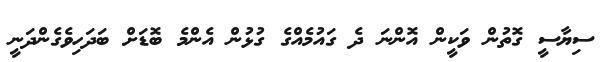
ސިޔާސީ ގޮތުން ވަކީން އޮންނަ ދެ ގައުމެއްގެ ގުޅުން އެންމެ ބޮޑަށް ބަދަހިވެގެންދަނީ